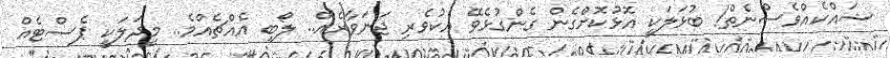
ޝައްކެއްވެސްނެތް! ބުޅަލަކީ އޮޅުކޮށްގެން ގެންގުޅެވޭ އެކުވެރި ޖަނަވާރެއް.. ލޯބި އެއްޗެއްމެ.. މީދަލަކީ ޕެސްޓެއް